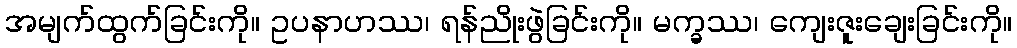
အမျက်ထွက်ခြင်းကို။ ဥပနာဟဿ၊ ရန်ညိုးဖွဲခြင်းကို။ မက္ခဿ၊ ကျေးဇူးချေးခြင်းကို။